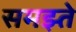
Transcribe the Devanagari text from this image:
समझ्ते